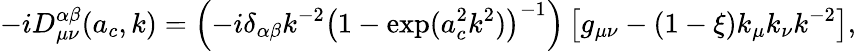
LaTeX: -iD_{\mu\nu}^{\alpha\beta}(a_{c},k)=\left(-i\delta_{\alpha\beta}k^{-2}\left(1-\exp(a_{c}^{2}k^{2})\right)^{-1}\right)\left[g_{\mu\nu}-(1-\xi)k_{\mu}k_{\nu}k^{-2}\right],